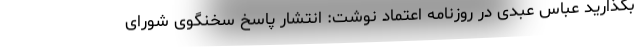
بگذارید عباس عبدی در روزنامه اعتماد نوشت: انتشار پاسخ سخنگوی شورای